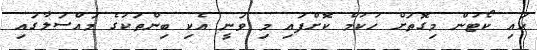
ހައި ކޯޓުން މިގޮތަށް ހުކުމް ކޮށްފައި މި ވަނީ އެކި ބިންތަކުގެ މައްސަލާގައި